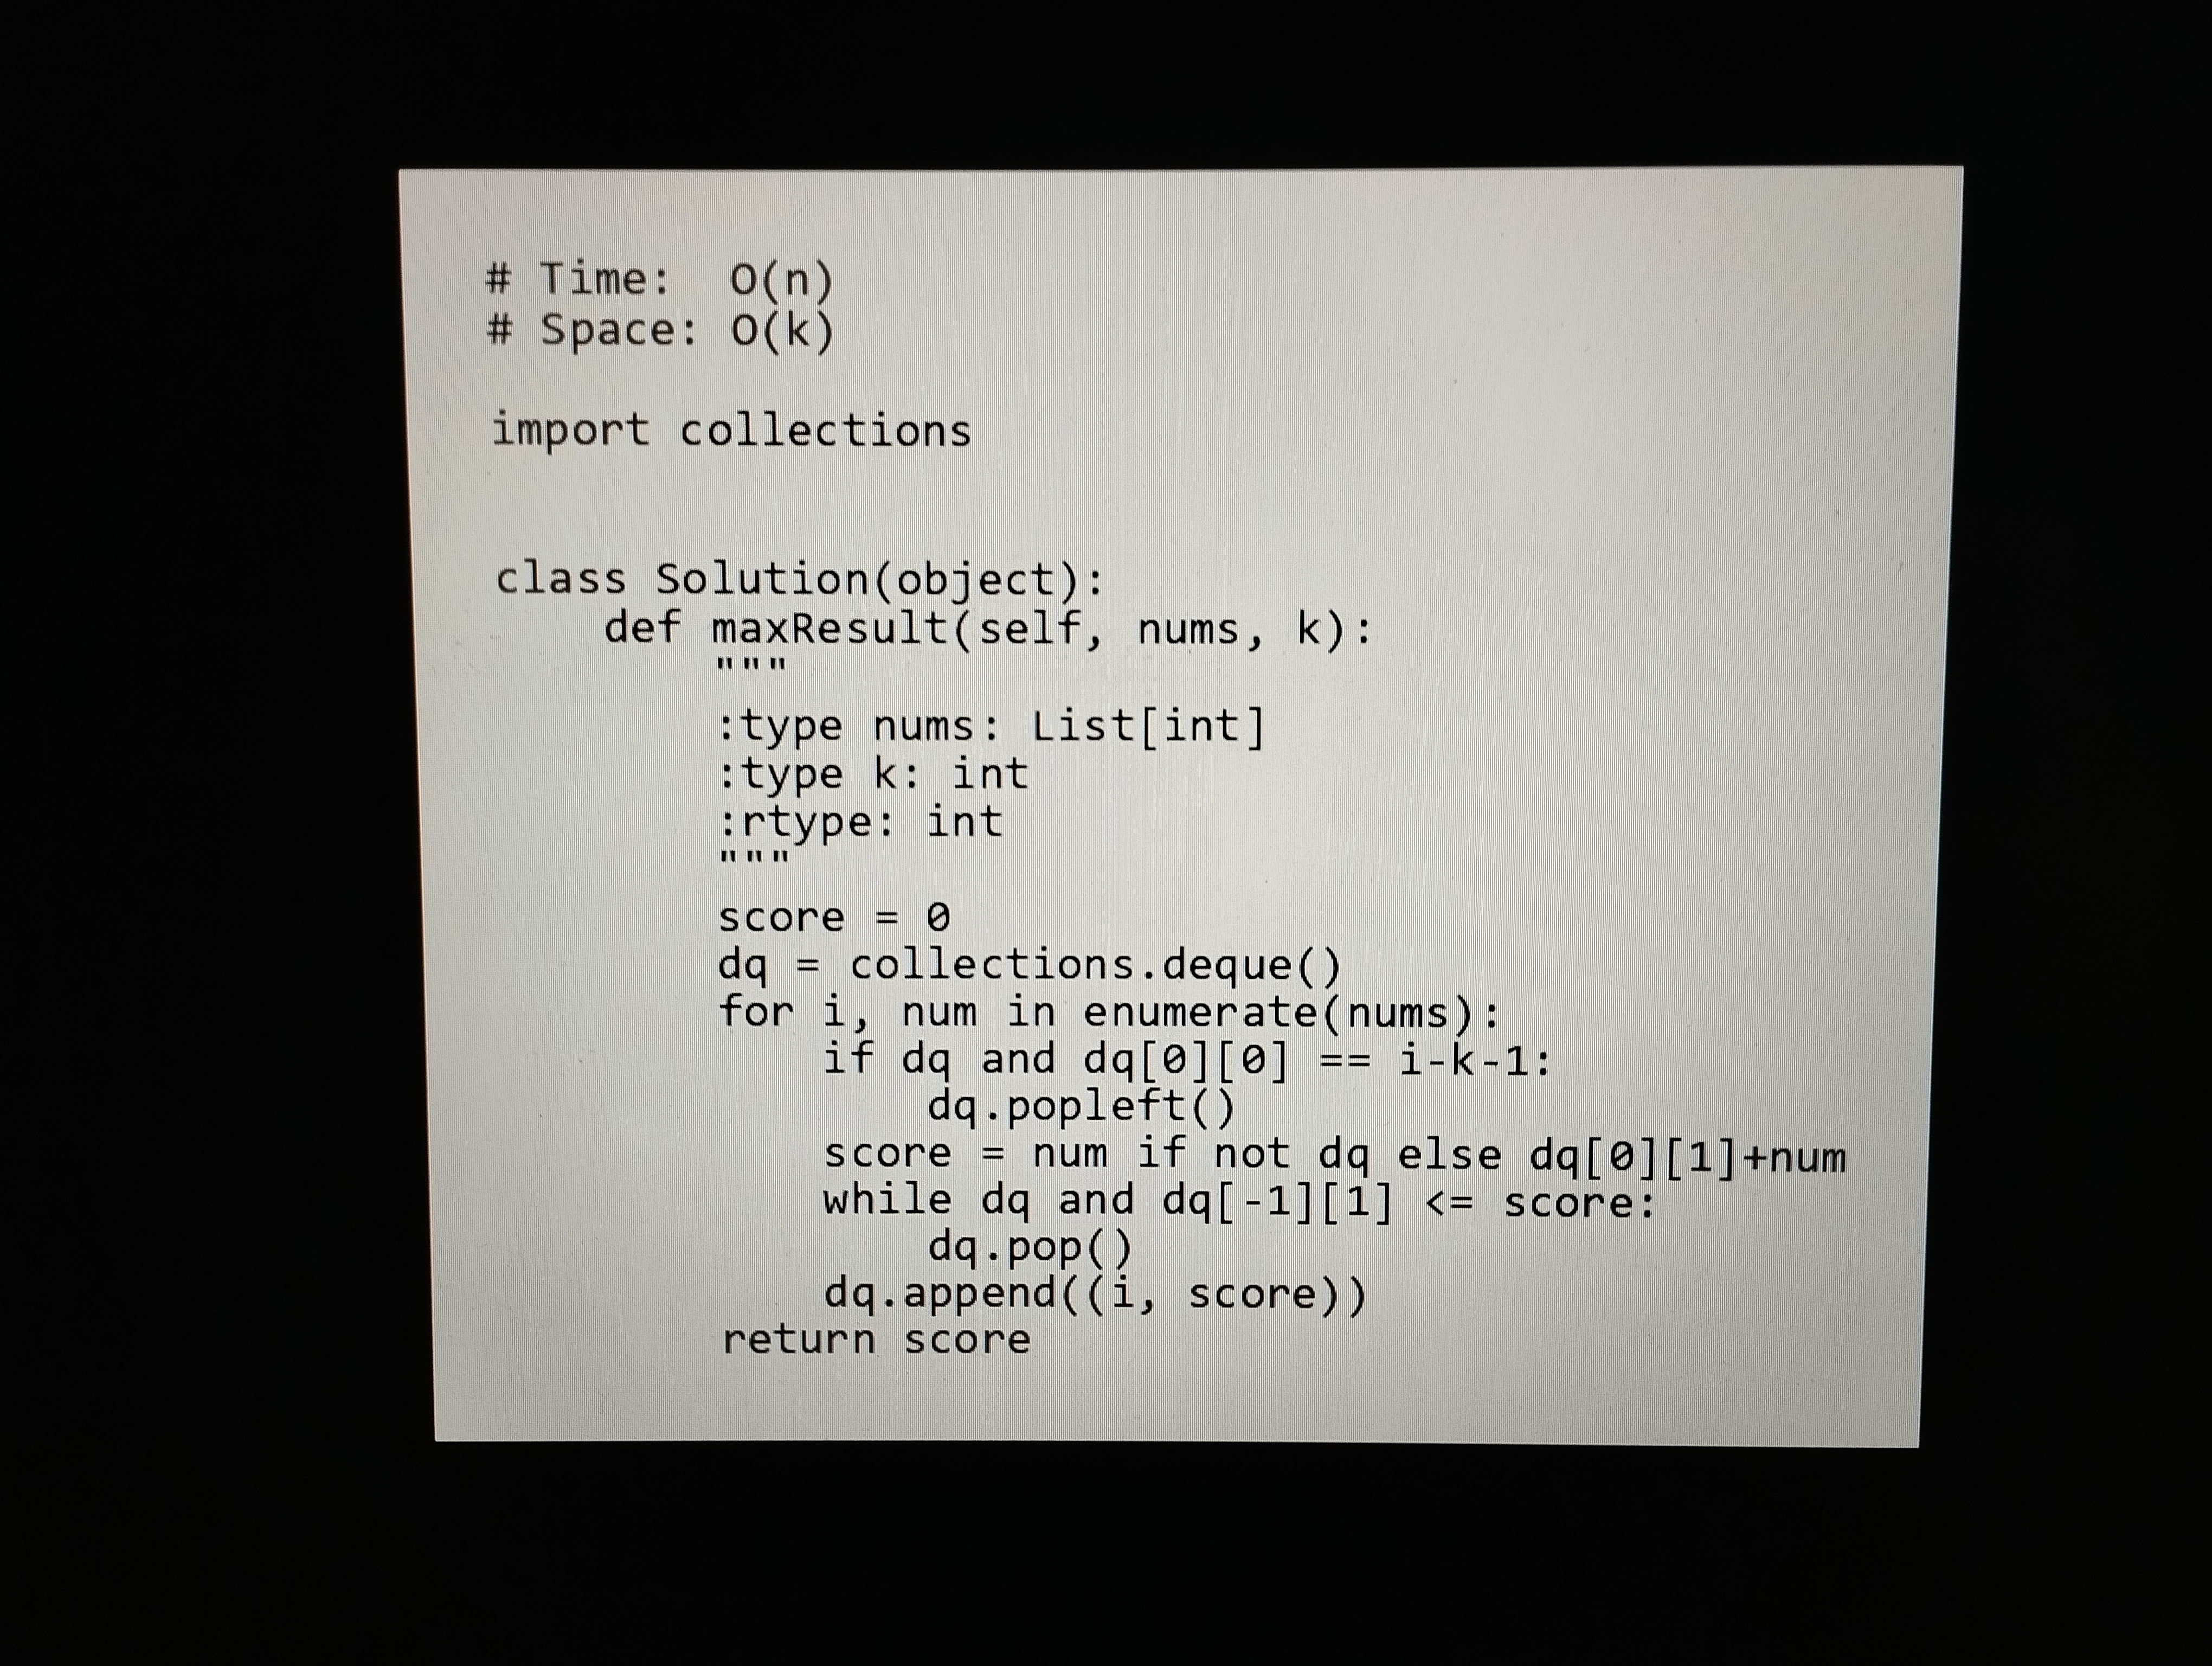
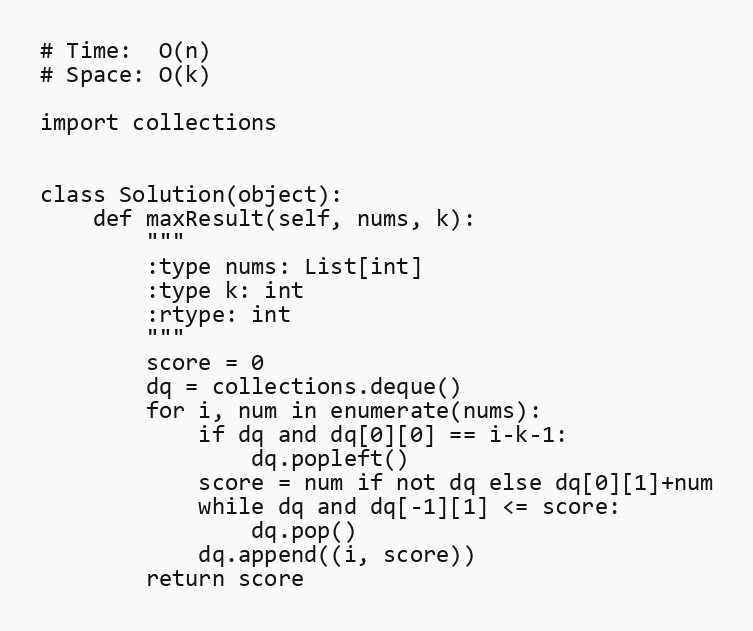
# Time:  O(n)
# Space: O(k)

import collections

class Solution(object):
    def maxResult(self, nums, k):
        """
        :type nums: List[int]
        :type k: int
        :rtype: int
        """
        score = 0
        dq = collections.deque()
        for i, num in enumerate(nums):
            if dq and dq[0][0] == i-k-1:
                dq.popleft()
            score = num if not dq else dq[0][1]+num
            while dq and dq[-1][1] <= score:
                dq.pop()
            dq.append((i, score))
        return score